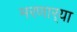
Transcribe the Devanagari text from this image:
मरणार्‍या